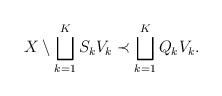
LaTeX: \begin{align*}X\setminus \bigsqcup_{k=1}^K S_k V_k \prec \bigsqcup_{k=1}^K Q_k V_k .\end{align*}